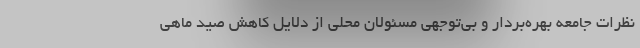
نظرات جامعه بهره‌بردار و بی‌توجهی مسئولان محلی از دلایل کاهش صید ماهی